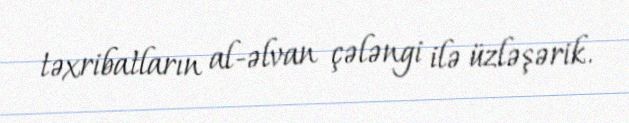
təxribatların al-əlvan çələngi ilə üzləşərik.